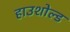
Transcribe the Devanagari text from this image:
हाउशोल्ड